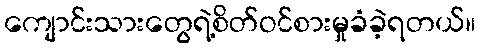
ကျောင်းသားတွေရဲ့စိတ်ဝင်စားမှုခံခဲ့ရတယ်။